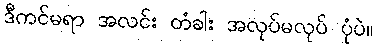
ဒီကင်မရာ အလင်း တံခါး အလုပ်မလုပ် ပုံပဲ။